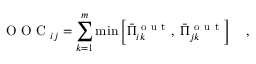
\mathrm { ~ O ~ O ~ C ~ } _ { i j } = \sum _ { k = 1 } ^ { m } \operatorname* { m i n } \left[ \bar { \Pi } _ { i k } ^ { \mathrm { ~ o ~ u ~ t ~ } } , \; \bar { \Pi } _ { j k } ^ { \mathrm { ~ o ~ u ~ t ~ } } \right] \quad ,